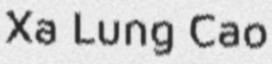
Xa Lung Cao